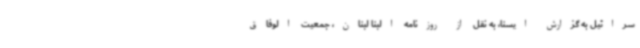
سرائیل به گزارش ایسنا، به نقل از روزنامه البنا لبنان، جمعیت الوفاق